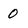
Character: 0